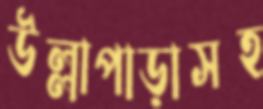
উল্লাপাড়াসহ